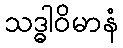
သဒ္ဓါဝိမာနံ